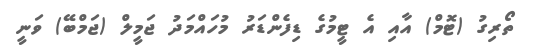
ތޯރިގު (ޓޮމް) އާއި އެ ޓީމުގެ ޑިފެންޑަރު މުހައްމަދު ޖަމީލް (ޖަމްބޭ) ވަނީ